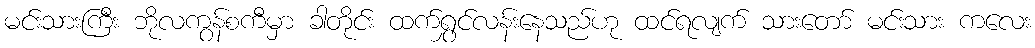
မင်းသားကြီး ဘိုလကွန်စကီမှာ ခါတိုင်း ထက်ရွှင်လန်းနေသည်ဟု ထင်ရလျက် သားတော် မင်းသား ကလေး